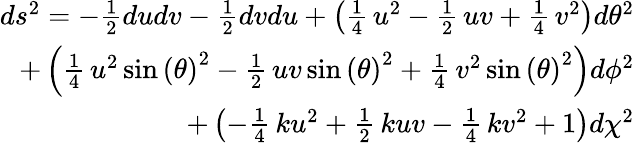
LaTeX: \begin{array}{r}{ds^{2}=-\frac{1}{2}dudv-\frac{1}{2}dvdu+\left(\frac{1}{4}\, u^{2}-\frac{1}{2}\, uv+\frac{1}{4}\, v^{2}\right)d\theta^{2}}\\ {+\left(\frac{1}{4}\, u^{2}\sin\left({\theta}\right)^{2}-\frac{1}{2}\, uv\sin\left({\theta}\right)^{2}+\frac{1}{4}\, v^{2}\sin\left({\theta}\right)^{2}\right)d\phi^{2}}\\ {+\left(-\frac{1}{4}\, ku^{2}+\frac{1}{2}\, kuv-\frac{1}{4}\, kv^{2}+1\right)d\chi^{2}}\end{array}